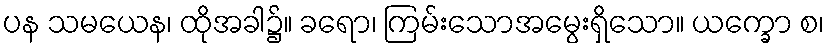
ပန သမယေန၊ ထိုအခါ၌။ ခရော၊ ကြမ်းသောအမွေးရှိသော။ ယက္ခော စ၊